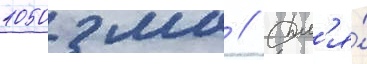
1050 мм // Дл'я́